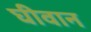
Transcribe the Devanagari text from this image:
घीवान